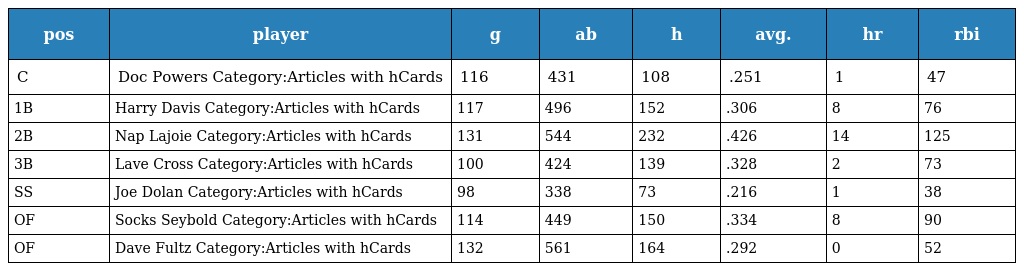
| pos | player | g | ab | h | avg. | hr | rbi |
 | --- | --- | --- | --- | --- | --- | --- | --- |
 | C | Doc Powers Category:Articles with hCards | 116 | 431 | 108 | .251 | 1 | 47 |
 | 1B | Harry Davis Category:Articles with hCards | 117 | 496 | 152 | .306 | 8 | 76 |
 | 2B | Nap Lajoie Category:Articles with hCards | 131 | 544 | 232 | .426 | 14 | 125 |
 | 3B | Lave Cross Category:Articles with hCards | 100 | 424 | 139 | .328 | 2 | 73 |
 | SS | Joe Dolan Category:Articles with hCards | 98 | 338 | 73 | .216 | 1 | 38 |
 | OF | Socks Seybold Category:Articles with hCards | 114 | 449 | 150 | .334 | 8 | 90 |
 | OF | Dave Fultz Category:Articles with hCards | 132 | 561 | 164 | .292 | 0 | 52 |